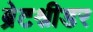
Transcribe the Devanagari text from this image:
ब्रेटश्नीडर